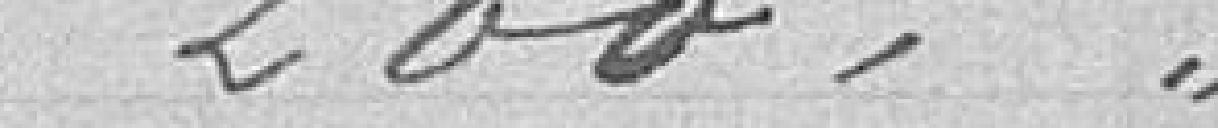
200